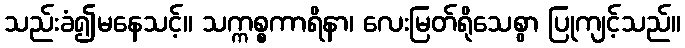
သည်းခံ၍မနေသင့်။ သက္ကစ္စကာရိနာ၊ လေးမြတ်ရိုသေစွာ ပြုကျင့်သည်။